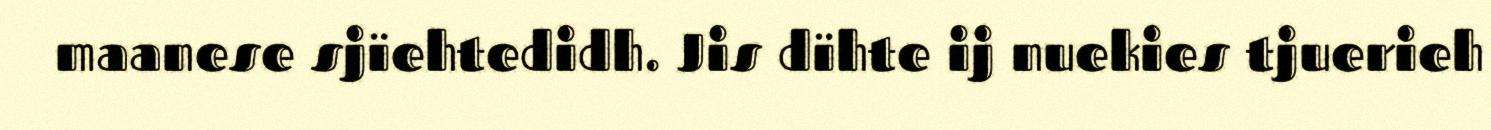
maanese sjïehtedidh. Jis dïhte ij nuekies tjuerieh